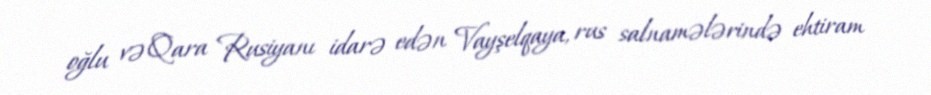
oğlu və Qara Rusiyanı idarə edən Vayşelqaya, rus salnamələrində ehtiram